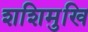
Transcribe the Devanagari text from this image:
शशिमुखि